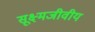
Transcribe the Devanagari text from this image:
सूक्ष्मजीवीय